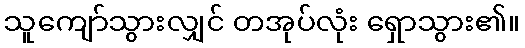
သူကျော်သွားလျှင် တအုပ်လုံး ရှောသွား၏။